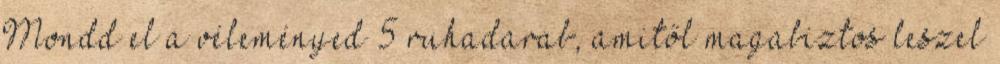
Mondd el a véleményed 5 ruhadarab, amitől magabiztos leszel